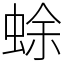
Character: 蜍